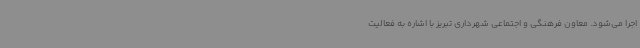
اجرا می‌شود. معاون فرهنگی و اجتماعی شهرداری تبریز با اشاره به فعالیت